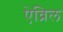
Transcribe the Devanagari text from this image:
ऐव्रिल